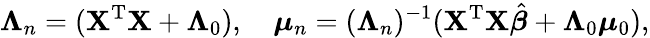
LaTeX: {\boldsymbol{\Lambda}}_{n}=(\mathbf{X}^{\mathrm{{T}}}\mathbf{X}+\mathbf{\Lambda}_{0}),\quad{\boldsymbol{\mu}}_{n}=({\boldsymbol{\Lambda}}_{n})^{-1}(\mathbf{X}^{\mathrm{{T}}}\mathbf{X}{\hat{\boldsymbol{\beta}}}+{\boldsymbol{\Lambda}}_{0}{\boldsymbol{\mu}}_{0}),